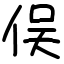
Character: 俣